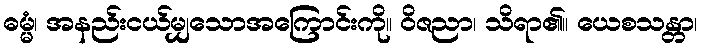
ဓမ္မံ၊ အနည်းငယ်မျှသောအကြောင်းကို။ ဝိဇညာ၊ သိရာ၏။ ယေစသန္တာ၊